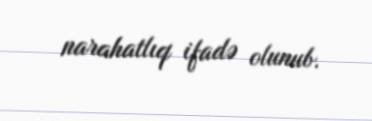
narahatlıq ifadə olunub.